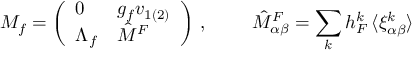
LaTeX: { \cal M } _ { f } = \left( \begin{array} { l l } { { 0 } } & { { g _ { f } v _ { 1 ( 2 ) } } } \\ { { \Lambda _ { f } } } & { { \hat { M } ^ { F } } } \end{array} \right) \, , ~ ~ ~ ~ ~ ~ ~ \hat { M } _ { \alpha \beta } ^ { F } = \sum _ { k } h _ { F } ^ { k } \, \langle \xi _ { \alpha \beta } ^ { k } \rangle